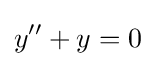
y''+y=0